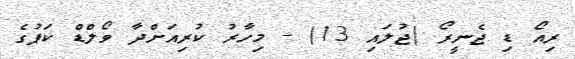
ރިއޯ ޑި ޖެނީރޯ (ޖުލައި 13) - މިހާރު ކުރިއަށްދާ ވޯލްޑް ކަޕުގެ